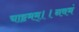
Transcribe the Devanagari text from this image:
चाष्टमम्।।नवमं